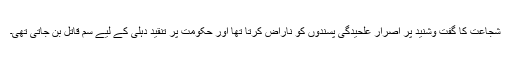
شجاعت کا گفت وشنید پر اصرار علٰحیدگی پسندوں کو ناراض کرتا تھا اور حکومت پر تنقید دہلی کے لیے سمِ قاتل بن جاتی تھی۔